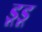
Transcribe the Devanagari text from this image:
डूडू